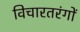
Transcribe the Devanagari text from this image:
विचारतरंगों